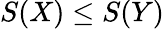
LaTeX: S(X)\leq S(Y)